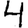
Digit: 4